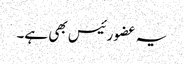
یہ عضو رئیس بھی ہے۔